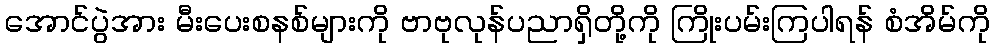
အောင်ပွဲအား မီးပေးစနစ်များကို ဗာဗုလုန်ပညာရှိတို့ကို ကြိုးပမ်းကြပါရန် စံအိမ်ကို